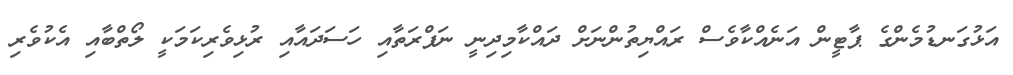
އަޅުގަނޑުމެންގެ ޕާޓީން އަނެއްކާވެސް ރައްޔިތުންނަށް ދައްކާމިދިނީ ނަފްރަތާއި ހަސަދައާއި ރުޅިވެރިކަމަކީ ލޯތްބާއި އެކުވެރި